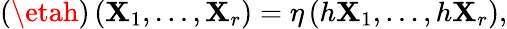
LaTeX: (\etah)\left(\mathbf{X}_{1},\dots,\mathbf{X}_{r}\right)=\eta\left(h\mathbf{X}_{1},\dots,h\mathbf{X}_{r}\right),